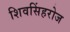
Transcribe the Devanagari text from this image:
शिवसिंहरोज